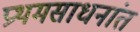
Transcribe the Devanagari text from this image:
प्रथमसाधनांत